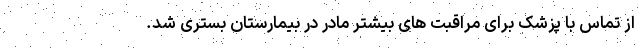
از تماس با پزشک برای مراقبت های بیشتر مادر در بیمارستان بستری شد.